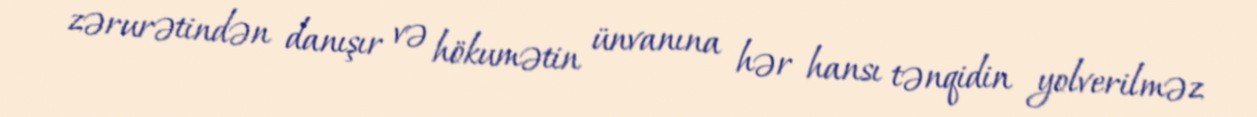
zərurətindən danışır və hökumətin ünvanına hər hansı tənqidin yolverilməz